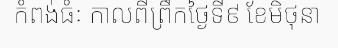
កំពង់ធំៈ កាលពីព្រឹកថ្ងៃទី៩ ខែមិថុនា